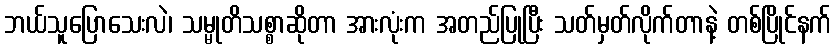
ဘယ်သူပြောသေးလဲ၊ သမ္မုတိသစ္စာဆိုတာ အားလုံးက အတည်ပြုပြီး သတ်မှတ်လိုက်တာနဲ့ တစ်ပြိုင်နက်